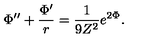
\Phi ^ { \prime \prime } + \frac { \Phi ^ { \prime } } { r } = \frac { 1 } { 9 Z ^ { 2 } } e ^ { 2 \Phi } .